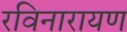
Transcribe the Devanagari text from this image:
रविनारायण